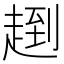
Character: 𧼤